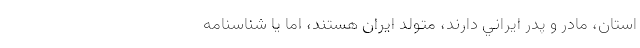
استان، مادر و پدر ايراني دارند، متولد ايران هستند، اما يا شناسنامه